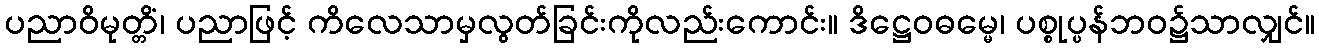
ပညာဝိမုတ္တိံ၊ ပညာဖြင့် ကိလေသာမှလွတ်ခြင်းကိုလည်းကောင်း။ ဒိဋ္ဌေဝဓမ္မေ၊ ပစ္စုပ္ပန်ဘဝ၌သာလျှင်။